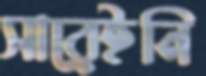
সারেইনি